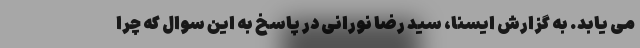
می یابد. به گزارش ایسنا، سید رضا نورانی در پاسخ به این سوال که چرا